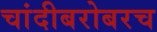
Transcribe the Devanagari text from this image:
चांदीबरोबरच